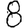
Digit: 8